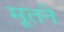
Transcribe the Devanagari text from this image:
मूतने